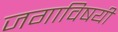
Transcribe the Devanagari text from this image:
जगाविषयी